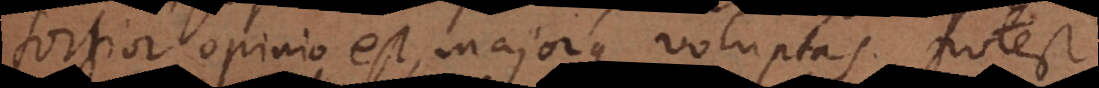
fortior opinio est, majorque voluptas. Potest